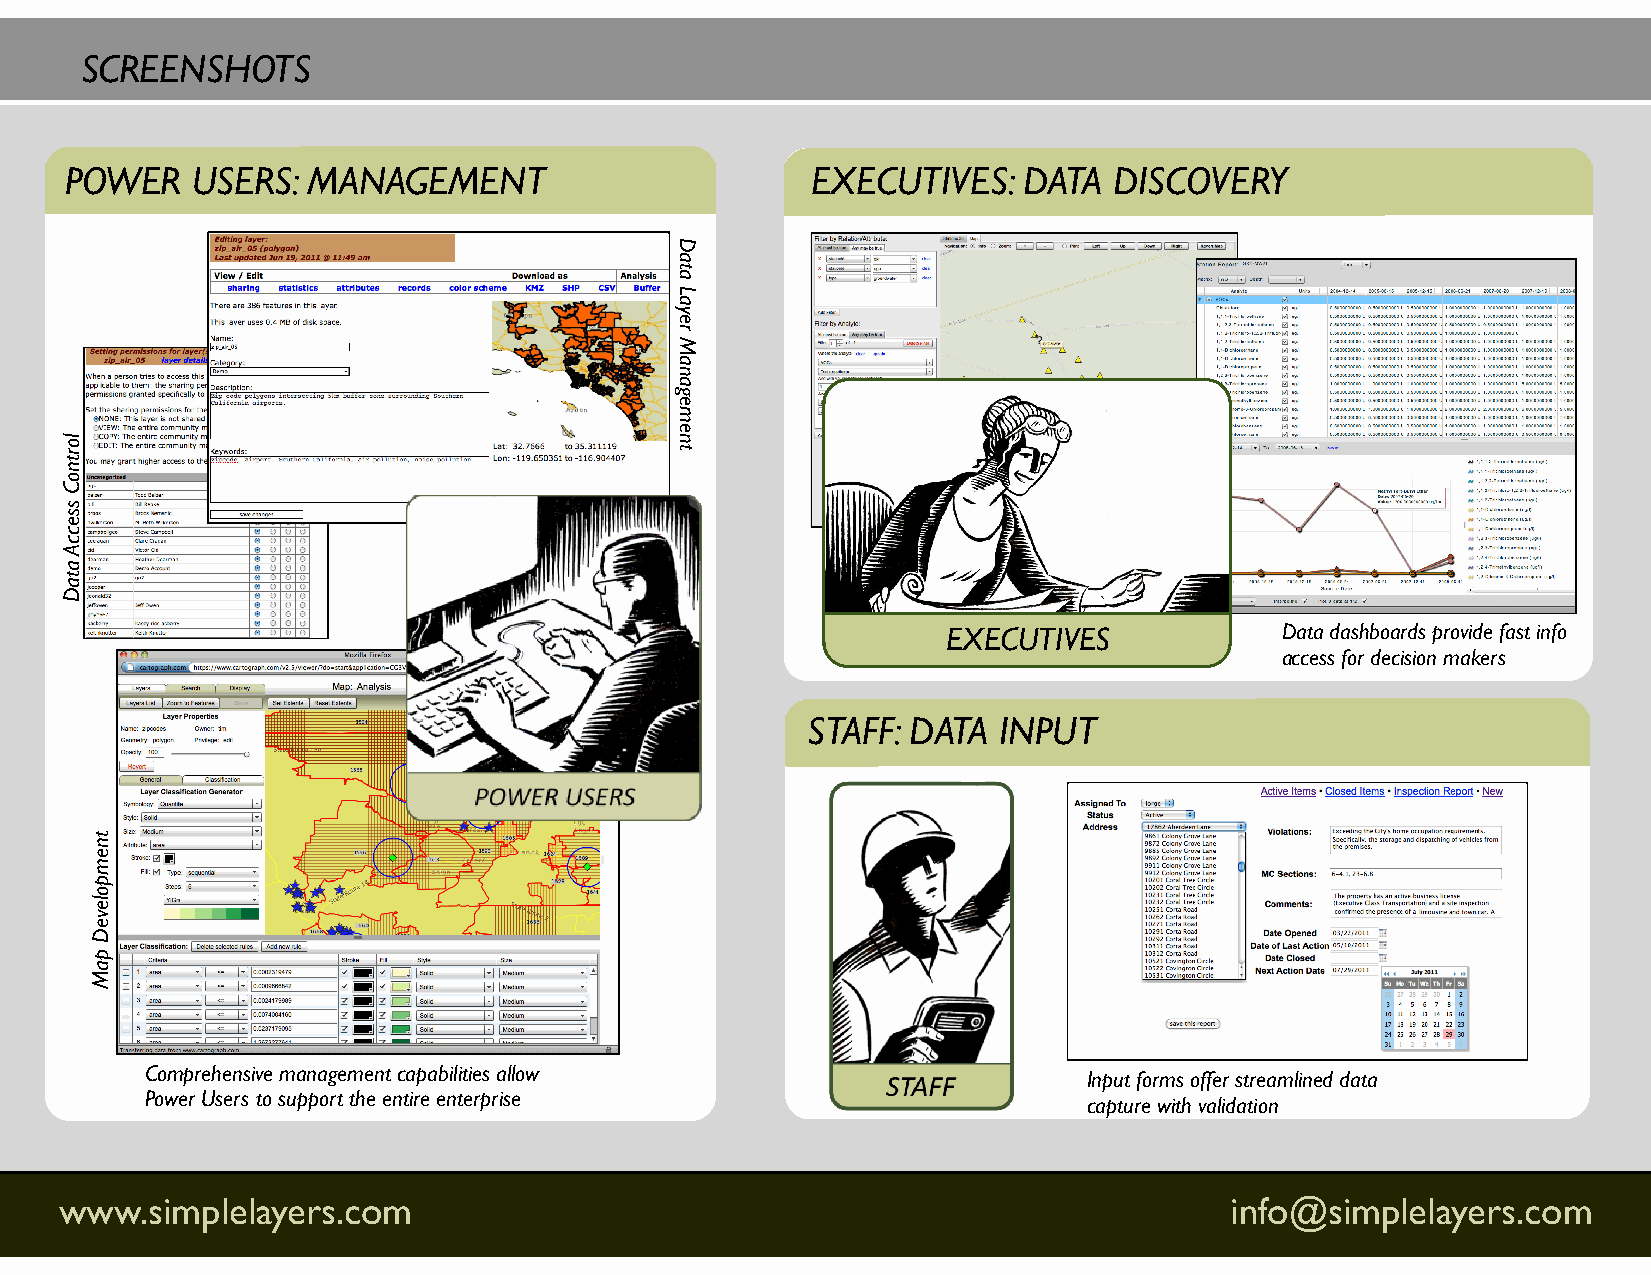
SCREENSHOTS
 POWER    USERS: MANAGEMENT                        EXECUTIVES:   DATA  DISCOVERY
 EXECUTIVES            Data dashboards provide fast info
 access for decision makers
 STAFF: DATA  INPUT
 Comprehensive management capabilities allow
 Input forms offer streamlined data
 Power Users to support the entire enterprise
 capture with validation
 www.simplelayers.com                                                         info@simplelayers.com
 lortnoC
 sseccA
 ataD
 tnempoleveD
 paM
 Data
 Layer
 Management